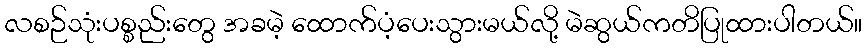
လစဉ်သုံးပစ္စည်းတွေ အခမဲ့ ထောက်ပံ့ပေးသွားမယ်လို့ မဲဆွယ်ကတိပြုထားပါတယ်။